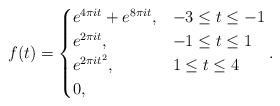
LaTeX: \begin{align*}f(t) = \begin{cases}e^{4 \pi i t} + e^{8 \pi i t}, & -3 \leq t \leq -1\\e^{2 \pi i t}, & -1 \leq t \leq 1\\e^{2 \pi i t^2}, & 1 \leq t \leq 4\\0, & \end{cases}.\end{align*}